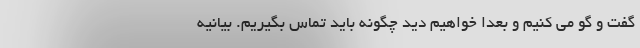
گفت و گو می کنیم و بعدا خواهیم دید چگونه باید تماس بگیریم. بیانیه